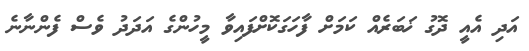
އަދި އެއީ ދޮގު ޚަބަރެއް ކަމަށް ފާހަގަކޮށްފައިވާ މީހުންގެ އަދަދު ވެސް ފެންނާނެ